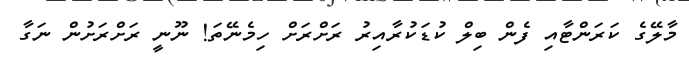
މާލޭގެ ކަރަންޓާއި ފެން ބިލް ކުޑަކުރާއިރު ރަށްރަށް ހިމެނޭތަ! ނޫނީ ރަށްރަށުން ނަގާ